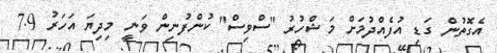
އެގޮތުން ގަޑި އުފެއްދުމަށް މަޝްހުރު "ސްވިސް" ކުންފުނިން ވަނީ މިދިޔަ އަހަރު 7.9